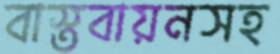
বাস্তবায়নসহ